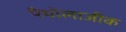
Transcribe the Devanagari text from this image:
पैथोलाजीक